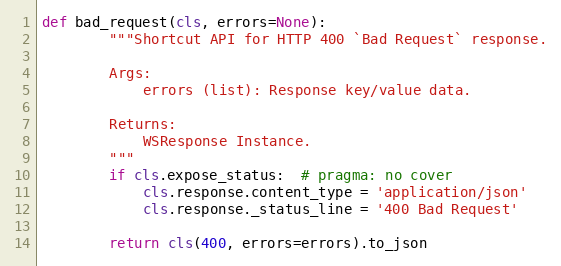
Language: Python
def bad_request(cls, errors=None):
        """Shortcut API for HTTP 400 `Bad Request` response.

        Args:
            errors (list): Response key/value data.

        Returns:
            WSResponse Instance.
        """
        if cls.expose_status:  # pragma: no cover
            cls.response.content_type = 'application/json'
            cls.response._status_line = '400 Bad Request'

        return cls(400, errors=errors).to_json